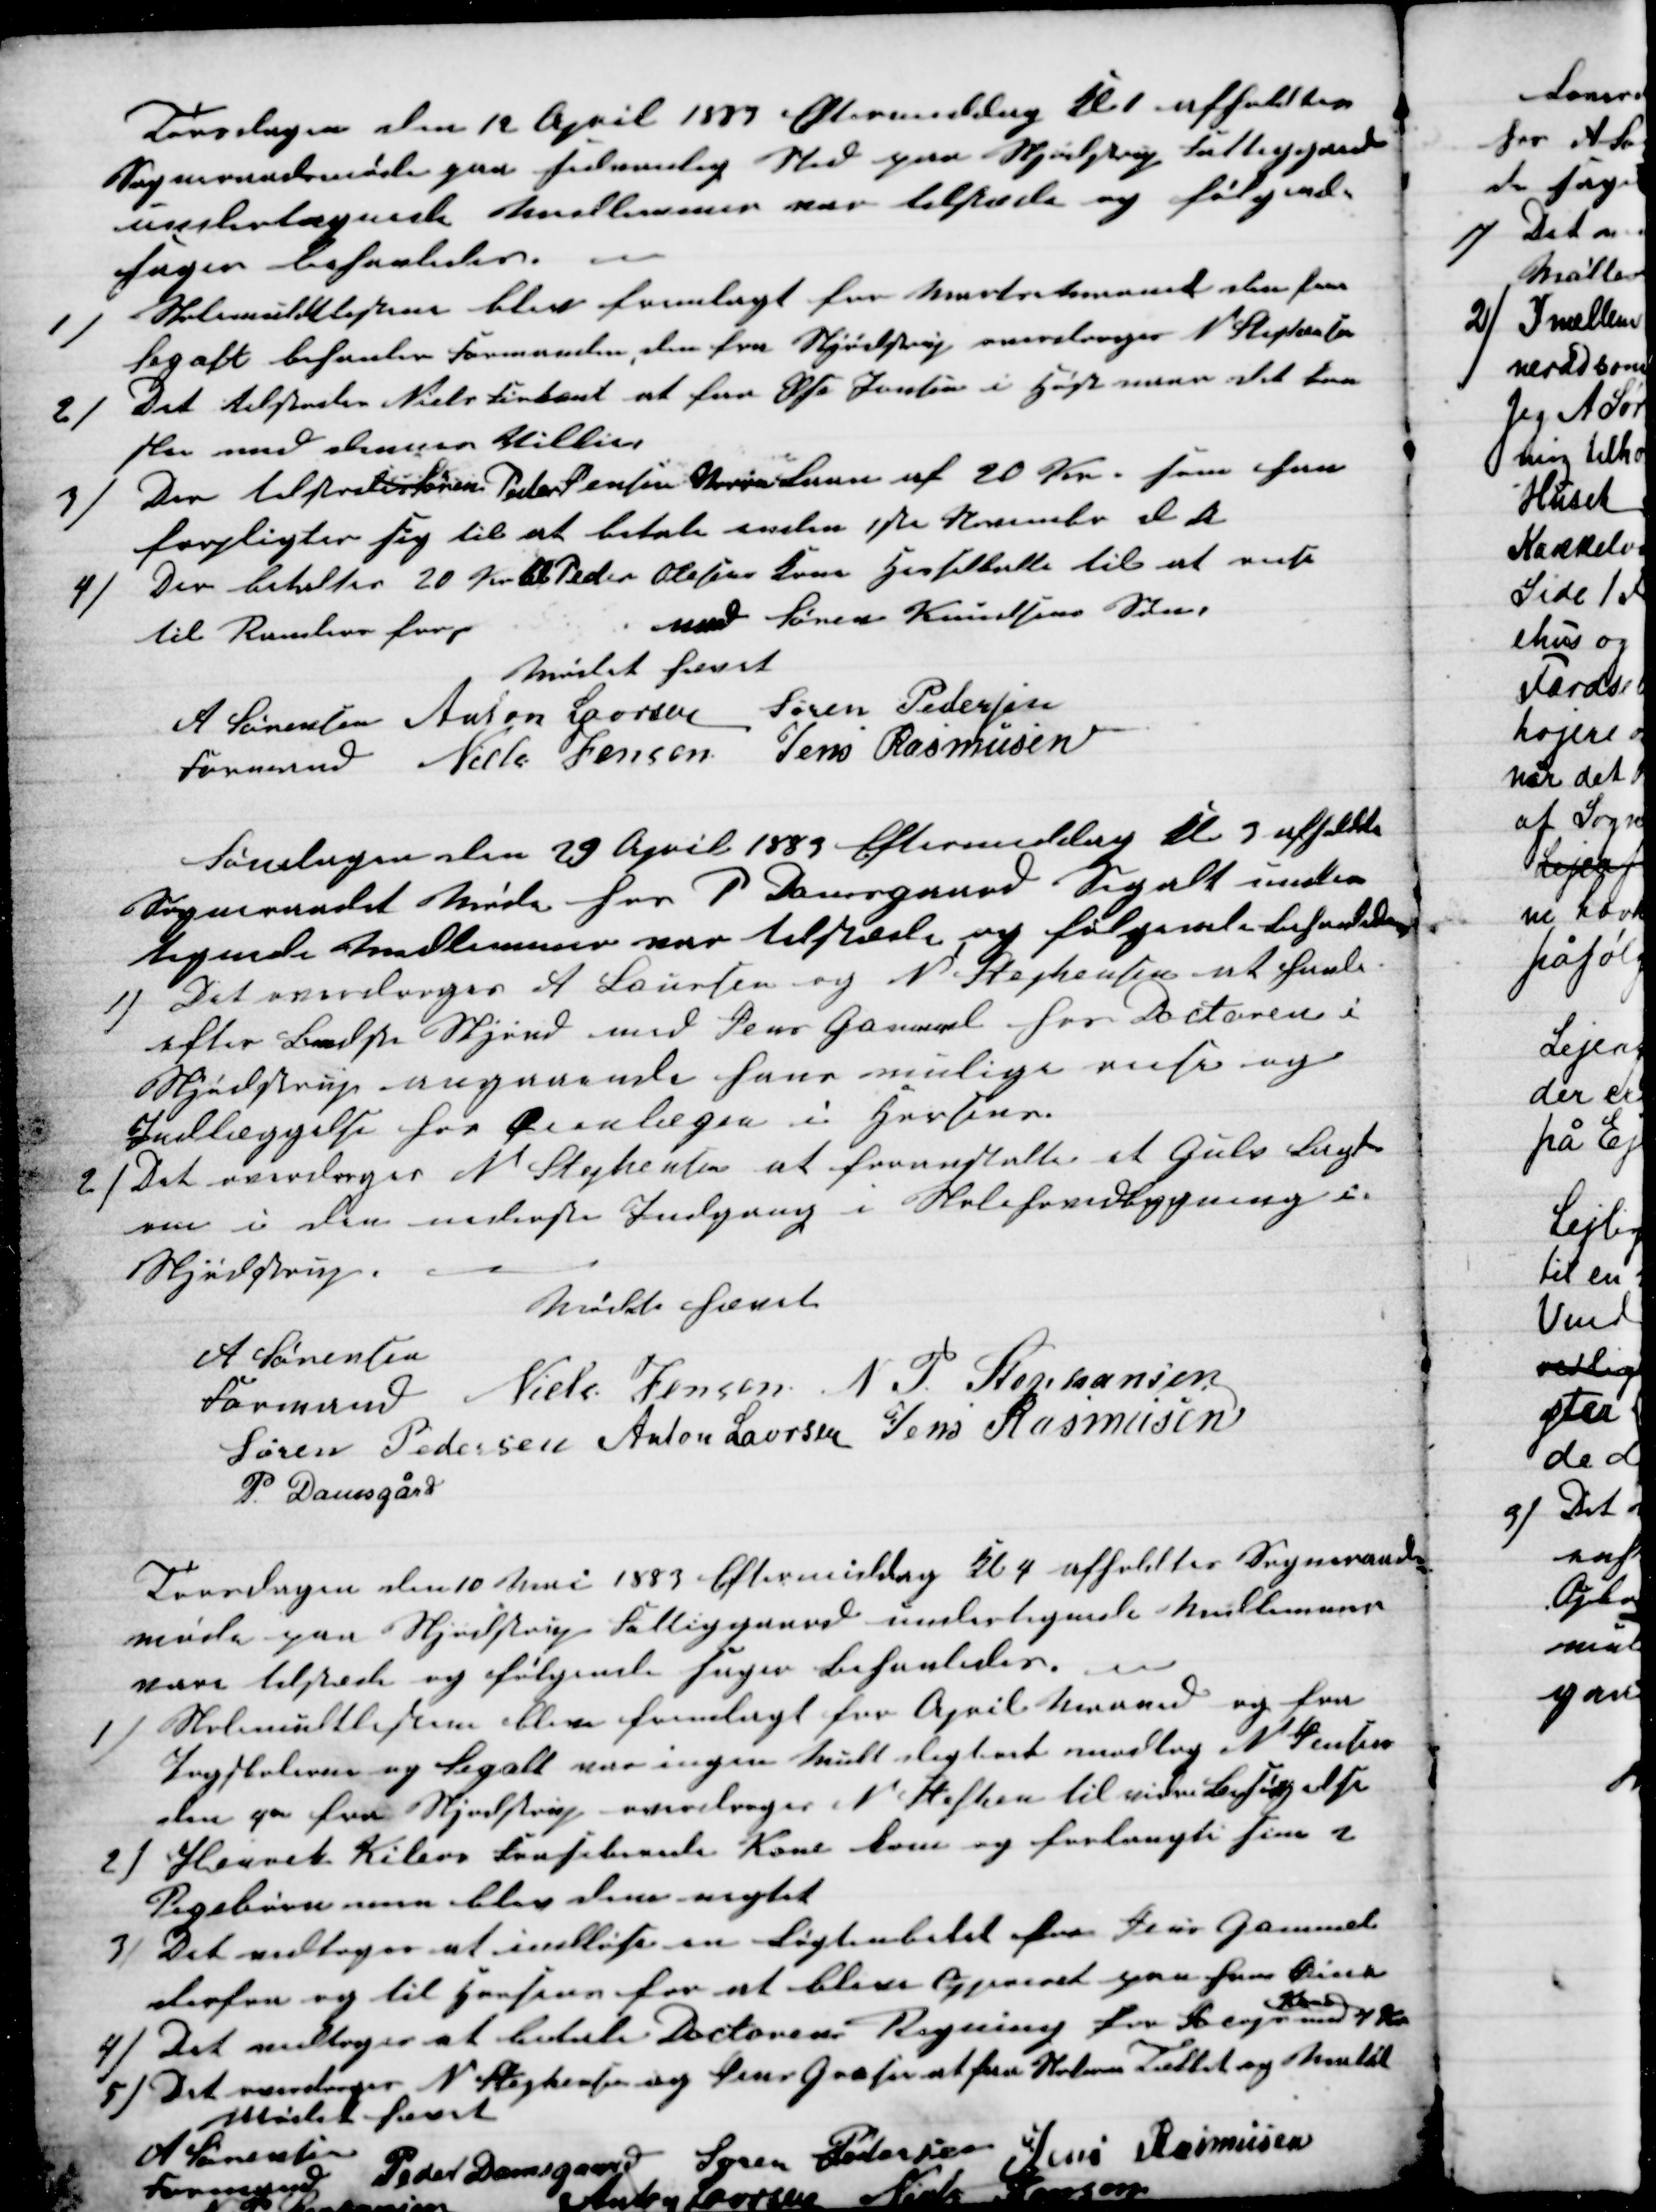
Transskription:
Torsdagen den 12 April 1883 Eftermiddag Kl 1 afholdtes
Sogneraadsmøde paa sedvanlig Sted paa Skjødstrup Fattiggaard
undertegnede Medlemmer var tilstæde og følgende
sager behanledes.
1)
Skolemuldtlisterne blev fremlagt for Marts Maaned den fra
Segalt behanler Formanden, den fra Skjødstrup overdroges N. Stephansen
2)
Det tilstodes Niels Firkant at faa Ufe Jensen i Høst men det kan
han med  Stilling
3)
Der tilstodes Søren Peder Jensen Christensen af 20 Kr. som han
forpligter sig til at betale inden 1ste November d A
4)
Der betaltes 20 Kr til Peder Olesen Kaa Hesselballe til at reise
til Randers forp
med Søren Knudsens Søn
Mødet hævet
A Sørensen 
Formand 
Anton Laursen Søren Pedersen
Niels Jensen Jens Rasmusen
Søndagen den 29 April 1883 Eftermiddag Kl 3 afholdte
Sogneraadet Møde hos P Damsgaard Segalt under-
tegnede Medlemmer var tilstede og følgende behandledes
1) Det overdroges A Laursen og N. Stephansen at hanle
efter Bedste Skjønd med Jens Gammel hos Doctoren i
Skjødstrup angaaende hans mulige reise og
Indlæggelse hos Øienlægen i Horsens.
2) Det overdroges N Stephansen at foranstalte et Gulv bragt
ren i den nederste Indgang i Skolehovedbygning i
Skjødstrup.
Mødet hævet
A Sørensen
Formand 
Niels Jensen N. P. Stephansen
Søren Pedersen Anton Laursen Jens Rasmussen
P. Damsgård
Torsdagen den 10 Mai 1883 Eftermiddag Kl 4 afholdtes Sogneraad-
møde paa Skjødstrup Fattiggaard undertegnede Medlemmer
vare tilstede og følgende sager behanledes.
1) Skolemultlisterne blev fremlagt for April Maaned og fra
Pogeskolerne og Segalt var ingen Multslighed modtog N. Jensen
den paa fra Skødstrup overdroges N. Stephansen til vidre besørgelse
2) Henriks Kilers Frasebarede Kone kom og forlangte sine 2
Pigebørn men blev dem nægtet
3) Det vedtoges at indløse en Løgtenbilet fra Jens Gammel
derfra og til Horsens for at blive Opereret paa sine Øine
4) Det vedtoges at betale Doctorens Regning for Bergs 
Kone
med 4 Kr
5) Det overdroges N. Stephansen og Jens Grosen at faa Skolerne Tættet og Malet
Mødet hævet
A Sørensen
Formand
Peder Damsgaard
Søren Pedersen Jens Rasmussen
N P Stephansen
Anton Laursen
Niels Jensen